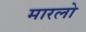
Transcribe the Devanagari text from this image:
मारलो